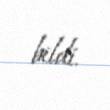
bildi.